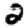
Digit: 2